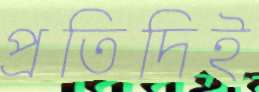
প্রতিদিই